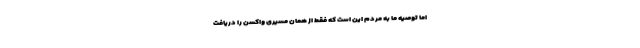
اما توصیه ما به مردم این است که فقط از همان مسیری واکسن را دریافت